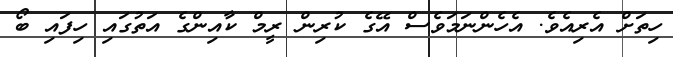
ހިތަށް އެރިއެވެ. އެހެންނަމަވެސް އޭގެ ކުރިން ރީމް ކާއިންގެ އަތުގައި ހިފައި ބޯ